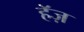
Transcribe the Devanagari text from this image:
हॅज़